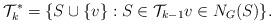
LaTeX: \begin{align*}\mathcal{T}_k^* = \{ S \cup \{v\}: S \in \mathcal{T}_{k-1} v \in N_G(S) \}.\end{align*}